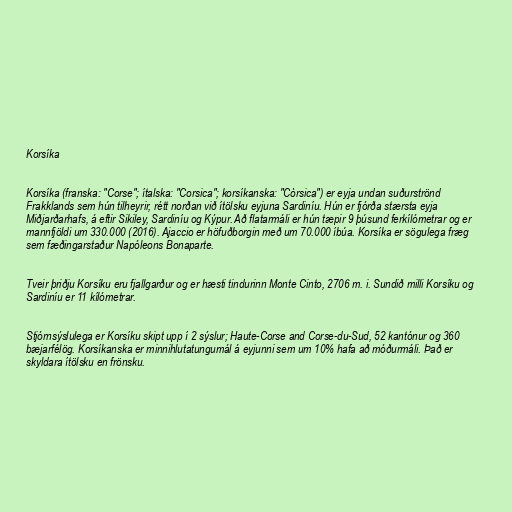
Korsíka

Korsíka (franska: "Corse"; ítalska: "Corsica"; korsíkanska: "Còrsica") er eyja undan suðurströnd
Frakklands sem hún tilheyrir, rétt norðan við ítölsku eyjuna Sardiníu. Hún er fjórða stærsta eyja
Miðjarðarhafs, á eftir Sikiley, Sardiníu og Kýpur. Að flatarmáli er hún tæpir 9 þúsund ferkílómetrar og er
mannfjöldi um 330.000 (2016). Ajaccio er höfuðborgin með um 70.000 íbúa. Korsíka er sögulega fræg
sem fæðingarstaður Napóleons Bonaparte.

Tveir þriðju Korsíku eru fjallgarður og er hæsti tindurinn Monte Cinto, 2706 m. i. Sundið milli Korsíku og
Sardiníu er 11 kílómetrar.

Stjórnsýslulega er Korsíku skipt upp í 2 sýslur; Haute-Corse and Corse-du-Sud, 52 kantónur og 360
bæjarfélög. Korsíkanska er minnihlutatungumál á eyjunni sem um 10% hafa að móðurmáli. Það er
skyldara ítölsku en frönsku.